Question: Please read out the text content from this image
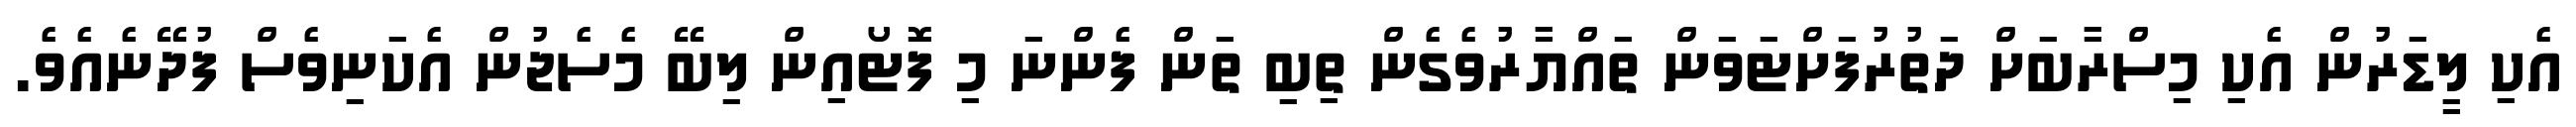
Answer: އެކި ލީޑަރުން އެކި މިސްރާބަށް ދަތުރުފަށްޓަވަން ތައްޔާރުވެގެން ތިބި ތަން ފެންނަ މި ފޮޓޯއިން ލިބޭ މެސެޖުން އެކަނިވެސް ފުދޭނެއެވެ.